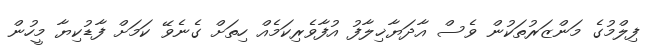
ފިލްމުގެ މަންޒަރުތަކުން ވެސް އާދަޔާޚިލާފު އުފާވެރިކަމެއް ހިތަށް ގެނެވޭ ކަމަށް ފާޑުކިޔާ މީހުން